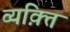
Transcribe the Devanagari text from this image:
व्यक़्ति